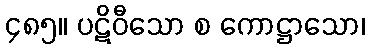
၄၈၅။ ပဋိဝီသော စ ကောဋ္ဌာသော၊